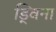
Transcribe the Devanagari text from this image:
ड्विना